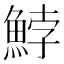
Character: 𩷚